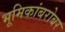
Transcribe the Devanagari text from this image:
भूमिकांबरोबर